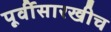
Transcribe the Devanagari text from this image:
पूर्वीसारखीच